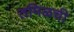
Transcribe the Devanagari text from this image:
तमिळची